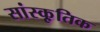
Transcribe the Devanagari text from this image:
सांस्कृ़तिक